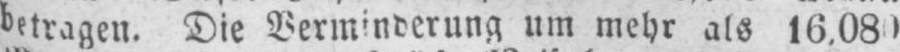
betragen. Die Verminderung um mehr als 16‚080